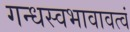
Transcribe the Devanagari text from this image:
गन्धस्वभावावत्वं